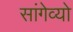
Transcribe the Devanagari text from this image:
सांगेव्यो